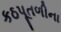
કઠપૂતળીના